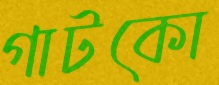
গাটকো